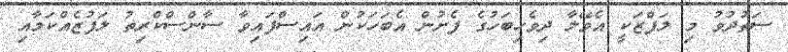
ސަތުދުވު މި ލަފްޒަކީ އެވޭލާ ދިވެހިބަހުގެ ފެށުން އެބަހަކުން އައިސްފައިވާ ސާންސްކްރިތު ލަފުޒެއްކަމާއި